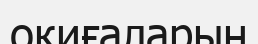
окиғаларын